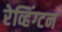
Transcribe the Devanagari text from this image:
रेव्हिंग्टन